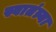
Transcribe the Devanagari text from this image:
स्वातंत्र्या